画像に写った文字を読んでください
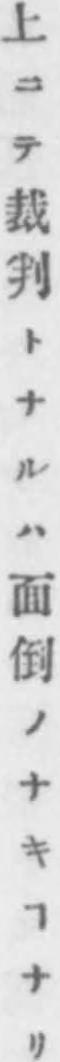
「上ニテ裁判トナルハ面倒ノナキヿナリ」と書いてあります